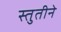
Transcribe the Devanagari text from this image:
स्तुतीने